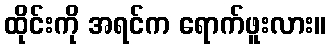
ထိုင်းကို အရင်က ရောက်ဖူးလား။